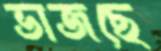
ভাজছে